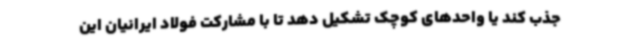
جذب کند یا واحدهای کوچک تشکیل دهد تا با مشارکت فولاد ایرانیان این